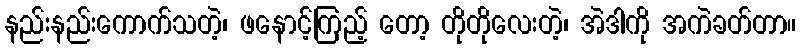
နည်းနည်းကောက်သတဲ့၊ ဖနောင့်ကြည့် တော့ တိုတိုလေးတဲ့၊ အဲဒါကို အကဲခတ်တာ။